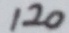
1 2 0